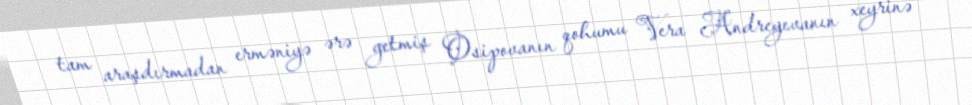
tam araşdırmadan erməniyə ərə getmiş Osipovanın qohumu Vera Andreyevanın xeyrinə